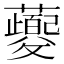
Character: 𬟡